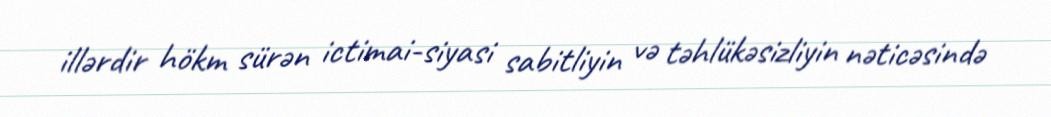
illərdir hökm sürən ictimai-siyasi sabitliyin və təhlükəsizliyin nəticəsində